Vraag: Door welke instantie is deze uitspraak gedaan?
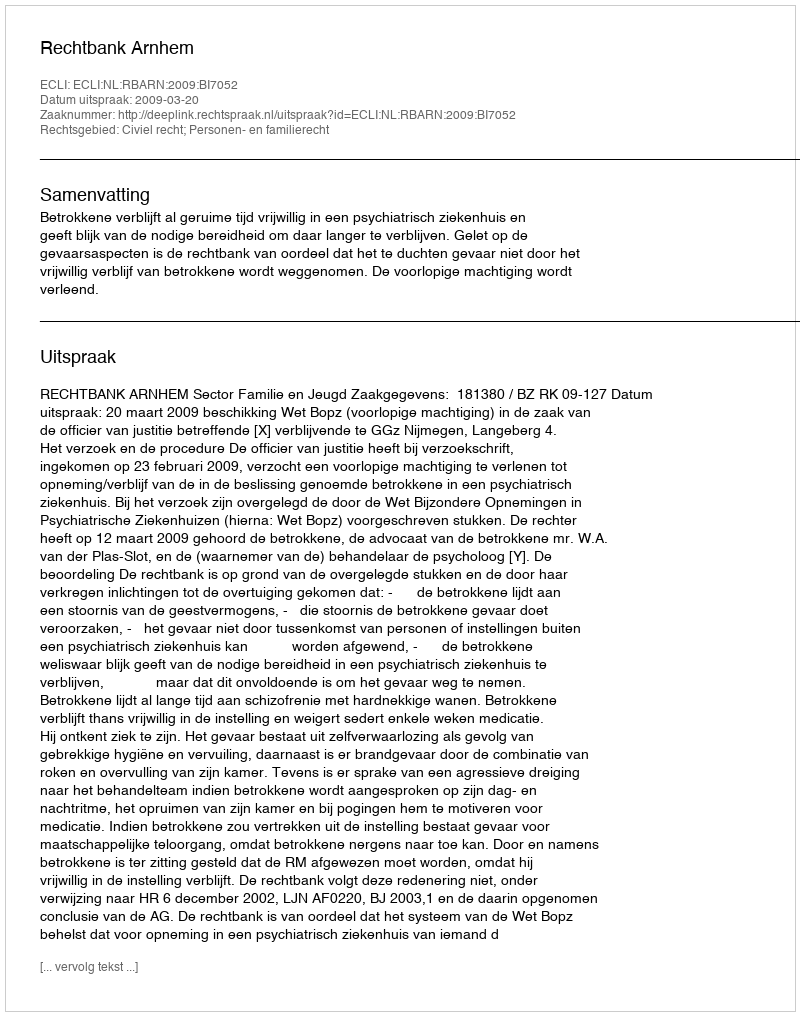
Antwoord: Rechtbank Arnhem